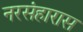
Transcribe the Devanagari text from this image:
नरसंहारास